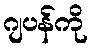
ဂျပန်ကို